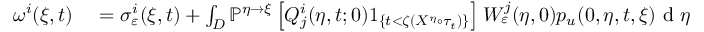
\begin{array} { r l } { \omega ^ { i } ( \xi , t ) } & { { } = \sigma _ { \varepsilon } ^ { i } ( \xi , t ) + \int _ { D } \mathbb { P } ^ { \eta \rightarrow \xi } \left[ Q _ { j } ^ { i } ( \eta , t ; 0 ) 1 _ { \{ t < \zeta ( X ^ { \eta } \circ \tau _ { t } ) \} } \right] W _ { \varepsilon } ^ { j } ( \eta , 0 ) p _ { u } ( 0 , \eta , t , \xi ) \textrm { d } \eta } \end{array}